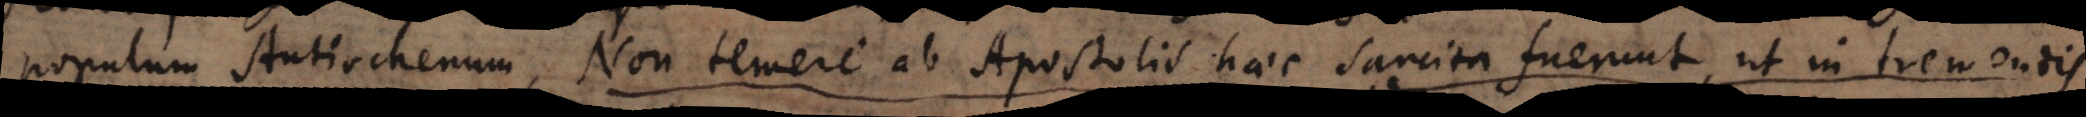
populum Antiochenum, non temere ab Apostolis haec sancita fuerunt, ut in tremendis